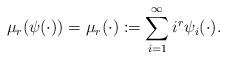
LaTeX: \begin{align*}\mu_r(\psi(\cdot)) = \mu_r(\cdot) := \sum_{i=1}^{\infty} i^r \psi_i(\cdot).\end{align*}